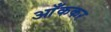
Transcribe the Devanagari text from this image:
आँककर